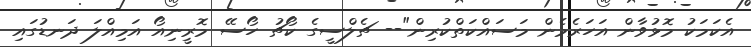
އެކަމަކު މޮޅުވާން އަހަރެމެން މަސައްކަތްކުރިން"-- ޗެލްސީގެ ކޯޗު ހޯސޭ މޮރީނިއޯ އަމިއްލަ ދަނޑުގައި